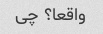
واقعا؟ چی